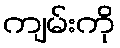
ကျမ်းကို